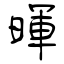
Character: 暉